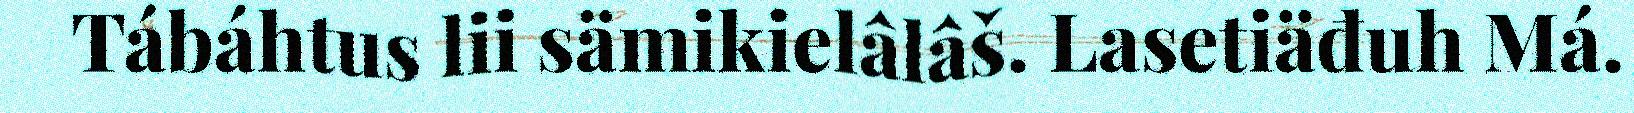
Tábáhtus lii sämikielâlâš. Lasetiäđuh Má.